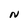
Character: N